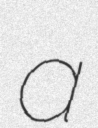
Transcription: a